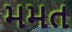
મમત